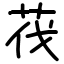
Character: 茷